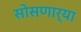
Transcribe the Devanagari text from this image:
सोसणार्‍या